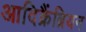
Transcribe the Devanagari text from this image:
आदिक्रैंब्रियन